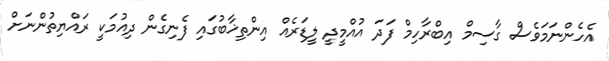
އެހެންނަމަވެސް ގާސިމް އިބްރާހިމް ފަދަ އުއްމީދީ ލީޑަރެއް އިންތިޚާބުގައި ފެނިގެން ދިއުމަކީ ރައްޔިތުންނަށް